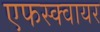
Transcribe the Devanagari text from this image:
एफस्क्वायर